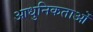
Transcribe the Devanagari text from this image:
आधुनिकताओं